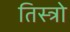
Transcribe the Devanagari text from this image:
तिस्त्रो